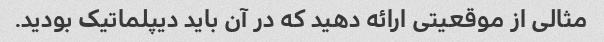
مثالی از موقعیتی ارائه دهید که در آن باید دیپلماتیک بودید.